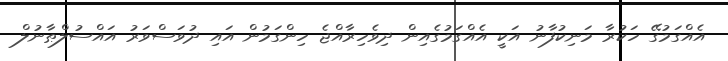
އެއްގަމުގޭ ހަކުރާ މަނިކުފާނު އަކީ އެއްގަމުގެއިން ދިވެހިރާއްޖެ ހިންގަމުން އައި ދުވަސްވަރު އައްސުލްޠާނުލް